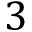
3